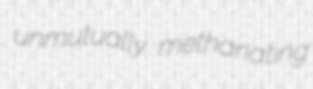
unmutually methanating